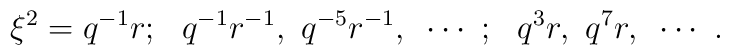
\xi^2=q^{-1}r;~~q^{-1}r^{-1},~q^{-5}r^{-1},~\cdots~;~~q^3r,~q^7r,~\cdots~.